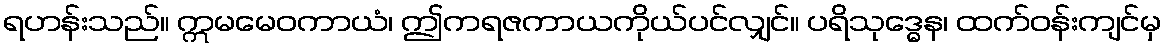
ရဟန်းသည်။ ဣမမေဝကာယံ၊ ဤကရဇကာယကိုယ်ပင်လျှင်။ ပရိသုဒ္ဓေန၊ ထက်ဝန်းကျင်မှ